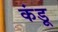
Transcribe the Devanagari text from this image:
कंडू